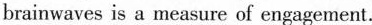
brainwaves is a measure of engagement.